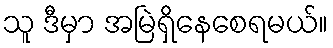
သူ ဒီမှာ အမြဲရှိနေစေရမယ်။